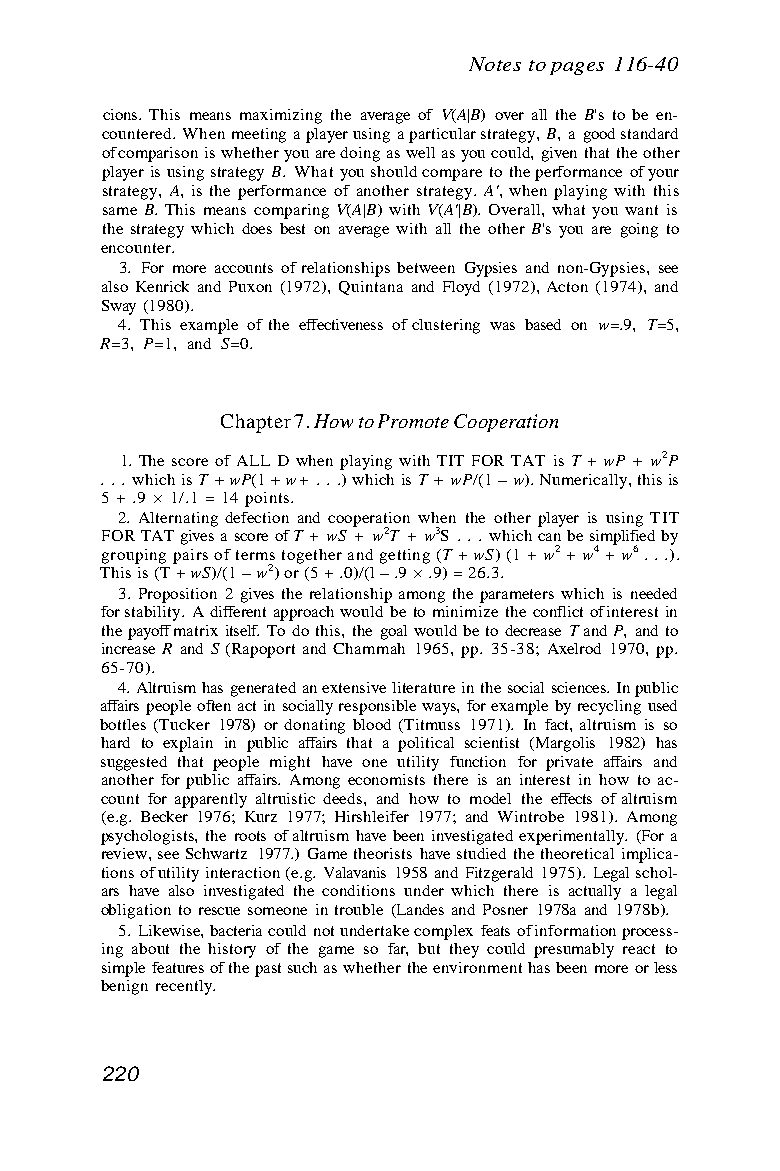
Notes to pages 116-40
 cions. This means maximizing the average of V(A|B) over all the B's to be en-
 countered. When meeting a player using a particular strategy, B, a good standard
 of comparison is whether you are doing as well as you could, given that the other
 player is using strategy B. What you should compare to the performance of your
 strategy, A, is the performance of another strategy. A', when playing with this
 same B. This means comparing V(A|B) with V(A'|B). Overall, what you want is
 the strategy which does best on average with all the other B's you are going to
 encounter.
 3. For more accounts of relationships between Gypsies and non-Gypsies, see
 also Kenrick and Puxon (1972), Quintana and Floyd (1972), Acton (1974), and
 Sway (1980).
 4. This example of the effectiveness of clustering was based on w=.9, T=5,
 R=3, P=1, and S=0.
 Chapter 7. How to Promote Cooperation
 1. The score of ALL D when playing with TIT FOR TAT is T + wP + w2P
 . . . which is T + wP(1 + w + . . .) which is T + wP/(1 – w). Numerically, this is
 5 + .9 × 1/.1 = 14 points.
 2. Alternating defection and cooperation when the other player is using TIT
 FOR TAT gives a score of T + wS + w2T + w3S . . . which can be simplified by
 grouping pairs of terms together and getting (T + wS) (1 + w2 + w4 + w6 . . .).
 This is (T + wS)/(1 – w2) or (5 + .0)/(l – .9 × .9) = 26.3.
 3. Proposition 2 gives the relationship among the parameters which is needed
 for stability. A different approach would be to minimize the conflict of interest in
 the payoff matrix itself. To do this, the goal would be to decrease T and P, and to
 increase R and S (Rapoport and Chammah 1965, pp. 35-38; Axelrod 1970, pp.
 65-70).
 4. Altruism has generated an extensive literature in the social sciences. In public
 affairs people often act in socially responsible ways, for example by recycling used
 bottles (Tucker 1978) or donating blood (Titmuss 1971). In fact, altruism is so
 hard to explain in public affairs that a political scientist (Margolis 1982) has
 suggested that people might have one utility function for private affairs and
 another for public affairs. Among economists there is an interest in how to ac-
 count for apparently altruistic deeds, and how to model the effects of altruism
 (e.g. Becker 1976; Kurz 1977; Hirshleifer 1977; and Wintrobe 1981). Among
 psychologists, the roots of altruism have been investigated experimentally. (For a
 review, see Schwartz 1977.) Game theorists have studied the theoretical implica-
 tions of utility interaction (e.g. Valavanis 1958 and Fitzgerald 1975). Legal schol-
 ars have also investigated the conditions under which there is actually a legal
 obligation to rescue someone in trouble (Landes and Posner 1978a and 1978b).
 5. Likewise, bacteria could not undertake complex feats of information process-
 ing about the history of the game so far, but they could presumably react to
 simple features of the past such as whether the environment has been more or less
 benign recently.
 220